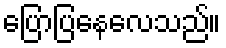
ပြောပြနေလေသည်။